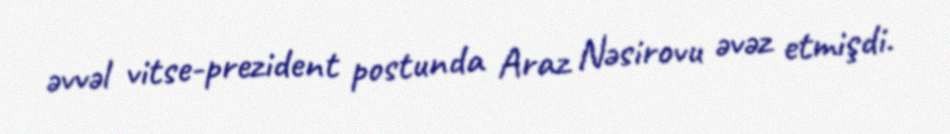
əvvəl vitse-prezident postunda Araz Nəsirovu əvəz etmişdi.